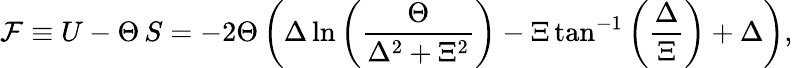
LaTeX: \mathcal{F}\equiv U-\Theta\, S=-2\Theta\left(\Delta\ln\left(\frac{\Theta}{\Delta^{2}+\Xi^{2}}\right)-\Xi\tan^{-1}\left(\frac{\Delta}{\Xi}\right)+\Delta\right),